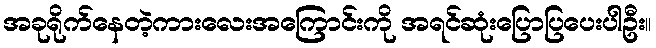
အခုရိုက်နေတဲ့ကားလေးအကြောင်းကို အရင်ဆုံးပြောပြပေးပါဦး။